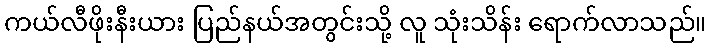
ကယ်လီဖိုးနီးယား ပြည်နယ်အတွင်းသို့ လူ သုံးသိန်း ရောက်လာသည်။